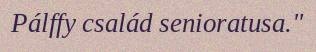
Pálffy család senioratusa."